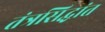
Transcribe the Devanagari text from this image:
तंत्रसिद्धांत